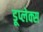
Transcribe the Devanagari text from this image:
डूप्लेक्स